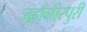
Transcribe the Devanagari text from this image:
जहाँगीरपुरी